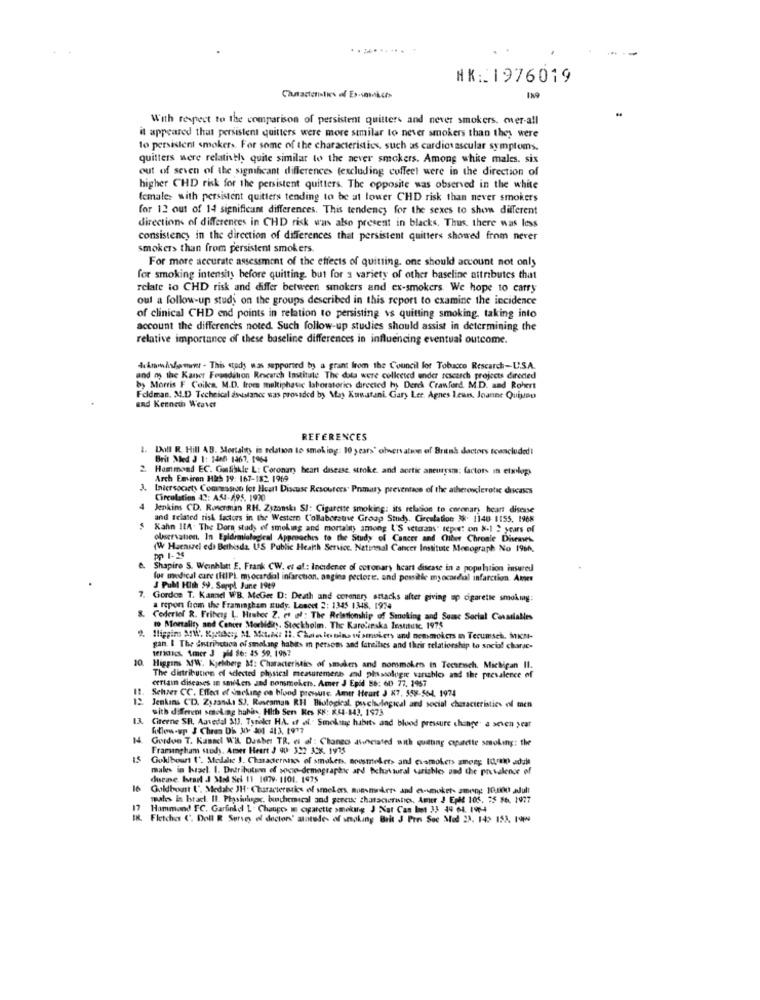
NK: 1976019
With respect to the comparison of persistent quitters and never smokers. ower-all
it appeared that persistent quitters were more similar to never smokers than they were
to persistent smokers. For some of the characteristics, such as cardiovascular symptoms.
quitters were relatively quite similar to the never smokers. Among white males. six
out of seven of the significant differences (excluding coffeet were in the direction of
higher CHD risk for the persistent quitters. The opposite was observed in the white
female> with persistent quitters tending to be at lower CHD risk than never smokers
for 12 out of 14 significant differences. This tendency for the sexes to show different
directions of differences in CHD risk was also present in blacks. Thus, there was less
consistency in the direction of differences that persistent quitters showed from never
smokers than from persistent smokers.
For more accurate assessment of the effects of quitting. one should account not only
for smoking intensity before quitting, but for a variety of other baseline attributes that
relate to CHD risk and differ between smokers and ex-smokers. We hope to carry
oul a follow-up study on the groups described in this report to examine the incidence
of clinical CHD end points in relation to persisting ss quitting smoking. taking into
account the differences noted. Such follow-up studies should assist in determining the
relative importance of these baseline differences in influencing eventual outcome.
4km/sdewww . This study was supported by a grant from the Council for Tobacco Research-U.S.A.
and my the Kaner Foundation Research Institute The dots were collected under research projects directed
by Morris F Coils. M.D. from multiphatic laboratorios directed hy Dench Crawford, M.D. and Robert
Feldman, M.D Technical assistance was provided by May Xuwatani. Gary Ler. Agnes Leurs, Joanne Quiyou
and Kenneth Weaver
REFERENCES
1. Doll R. Hill AB. Mortality in relation to smoking: 10 years' observation of Britsk doctors tconcluded!
Brit Med 3 1: 1480 1967, 1964
2. Hammond EC. Gasfiskle L: Coronary heart disease, stroke, and acetic aneurysm: factors in etxil.
Arch Emviron His 19: 167-182 1969
J. Intersociety Comression lot Heart Discuse Resources. Primary prevention of the atherosclerotic diseases
Circulation 42: A54-4,95. 1970
Jenkins CD. Rosenman RH. Zszanskı SJ: Cigarette smoking: its relation to coronary heart disease
and related risk factors in the Western Collaborative Group Study. Circulation 3%. 1140 1155. 1968
Kahn ILA. The Dors study of smoking and mortality among &'S veterans' report on &-1 2 years of
observation, In Epidemiological Approaches to the Study of Cancer and Ciber Chronic Diseases.
(W Haenszel ed) Bethesda. US Public Health Service. National Cancer Institute Monograph No 1966.
pp 1-25
Shapiro S. Weinhlatt E. Frank CW. et al: Incidence of coronary heart disease in a population insured
for medical care (HIP) myocardial infarction. angina pectoris. and possible myocardial infarction. Ater
7.
J Pull Hith 59. Soppl June 1949
Gordos T. Kannel WB. McGee D: Death and coronary attacks after giving up cigarette smoking:
a repon from the Framingham study. Loseet 2: 1345 1348. 1974
Coderief R. Friberg L. Hinter Z. et al : The Relationship of Smoking and Somsc Social Casadialles
to Mortality and Center Morbidity. Stockholm. The Karolinska Institute. 1975
Iliggins Art. Kysthet, A. Mot.m: 11. Chaelenins ti smokers and nonsmokers m Tecumseh, Mint-
gan. I The entribction of smoking habits in persons and faheilies and their relationship to sociof charge-
terimacs. Amer J pi Se: 45 59. 1967
10.
Higgins M/W. Kjelberg af: Characteristics of smokers and nomsmokers in Techrusch. Michigan II.
The distribution of dected physical measurement and plassologie variables and the prevalence of
certain diseases in smilers and nonsmokers. Amer J Epid B8: 60 77. 1957
Schaer CC. Effect of neline on blood pressure. Amer Heart J K7, 558-564, 1974
Jenkins CD. Zyankı SJ. Roseaman RI Biological, psychological and social characteristics of men
with different smoking haha. Hith Sen Kes KK: K44-843, 1973
Citerne SR. Aavedal X13, Tyndler H.A. of af. . Smokstag habits and blood pressure change' a seven year
Follow-up & Chron Di 30- 301 413, 1917
Gordue T. Kassel WA Dasber TR. et al : Chango asunciated with quitting capatette smoking: the
Framingham study. Anser Heart J 90: 322 3CK. 1975
Goklboar ('. Medalic 1. Chaadernans of smukess, nousmeket> and evsmokets among tommo adult
males in hradl. I. Dretribution of socie-demographic and Schurktural tarisble, und the prevalence of
disease Isearl J Med Sei 11 1079. 1101. 1975
16
Goldboast ('. Medabe JH. Charactermics of smelors, moesmakers and es-unuket- among 10.000 adult
males in Israel. Il. Physilupe, biochemical and gereuc characteristics. Amer J Eple 105. 75 86. 1977
17
Hammond TC. Garfinkel L . Changes w cigarette smoking J Xat Cas Inet 33 44 64. 196-4
Fletcher (. Doll R Serves of doctor' atitudes of smoking Brit 3 Pres Sec Mod 23. 14: 153. 199